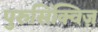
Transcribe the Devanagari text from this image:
पुरुसिंक्विज़